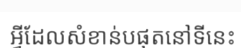
អ្វីដែលសំខាន់បផុតនៅទីនេះ